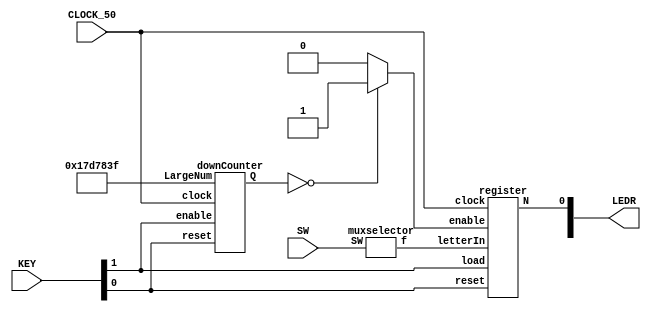
module morseCode(CLOCK_50, KEY, SW, LEDR);
	input CLOCK_50;
	input [3:0] KEY;
	input [2:0] SW;
	output [9:0]LEDR;
	
	wire [15:0] letterSelect;
	wire [26:0] downCounterOut;
	wire enable;
	wire displayOut;
	
	muxselector u0(SW[2:0], letterSelect);
	downCounter u1(27'b001011111010111100000111111, CLOCK_50, KEY[1], KEY[0],downCounterOut);
	assign enable = (downCounterOut == 27'b000000000000000000000000000)?1:0;
	register u2(enable, letterSelect, KEY[0], KEY[1], CLOCK_50, displayOut);
	assign LEDR[0] = displayOut;
	
endmodule


module muxselector(SW, f);
	input [2:0] SW;
	output reg [15:0] f;
	wire [15:0] I = 16'b1010000000000000; //8secs
	wire [15:0] J = 16'b1011101110111000;
	wire [15:0] K = 16'b1110101110000000;
	wire [15:0] L = 16'b1011101010000000;
	wire [15:0] M = 16'b1110111000000000;
	wire [15:0] N = 16'b1110100000000000;
	wire [15:0] O = 16'b1110111011100000;
	wire [15:0] P = 16'b1011101110100000; 

	
	always@(*)
	begin
		case({SW[2],SW[1],SW[0]})
			3'b000: f = I;
			3'b001: f = J;
			3'b010: f = K;
			3'b011: f = L;
			3'b100: f = M;
			3'b101: f = N;
			3'b110: f = O;
			3'b111: f = P;
		endcase
	end
endmodule

module downCounter(LargeNum, clock, enable, reset ,Q);
	input clock, reset, enable;
	input [26:0] LargeNum;
	output reg [26:0] Q;
	
	always@(posedge clock)
		begin
			if(reset == 1'b0)
				Q <= LargeNum;
			else if(enable == 1'b0)
				Q <= Q;
			else if(Q == 27'b0)
				Q <= LargeNum;
			else
				Q <= Q - 1'b1;
	end
endmodule

module register(enable, letterIn, reset, load, clock, N);
	input enable, reset, clock, load;
	input [15:0] letterIn;
	output N;
	reg [15:0]Q;
	
	always@(posedge clock, negedge reset)
		begin
			if(reset == 1'b0)
				Q <= 16'b0;
			else if(load == 1'b0)
				Q <= letterIn;
			else if(enable == 1'b1)
				begin
					Q[15] <=Q[14];
					Q[14] <=Q[13];
					Q[13] <=Q[12];
					Q[12] <=Q[11];
					Q[11] <=Q[10];
					Q[10] <=Q[9];
					Q[9] <=Q[8];
					Q[8] <=Q[7];
					Q[7] <=Q[6];
					Q[6] <=Q[5];
					Q[5] <=Q[4];
					Q[4] <=Q[3];
					Q[3] <=Q[2];
					Q[2] <=Q[1];
					Q[1] <= Q[0];
					Q[0] <= 1'b0;
				end
			end
	assign N = Q[15];
endmodule